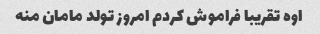
اوه تقریبا فراموش کردم امروز تولد مامان منه